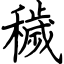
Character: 穢